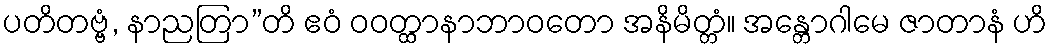
ပတိတဗ္ဗံ, နာညတြာ”တိ ဧဝံ ဝဝတ္ထာနာဘာဝတော အနိမိတ္တံ။ အန္တောဂါမေ ဇာတာနံ ဟိ